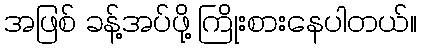
အဖြစ် ခန့်အပ်ဖို့ ကြိုးစားနေပါတယ်။